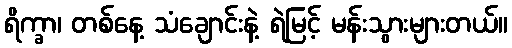
ရိက္ခာ၊ တစ်နေ့ သံချောင်းနဲ့ ရဲမြင့် မန်းသွားများတယ်။